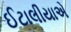
ઈટાલીયાએ